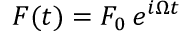
F ( t ) = F _ { 0 } \, e ^ { i \Omega t }